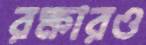
রক্ষারও